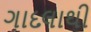
ગાદલાથી